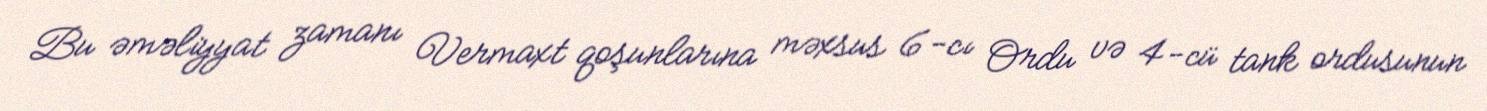
Bu əməliyyat zamanı Vermaxt qoşunlarına məxsus 6-cı Ordu və 4-cü tank ordusunun